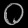
Digit: ၀